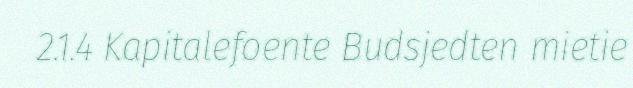
2.1.4 Kapitalefoente Budsjedten mietie